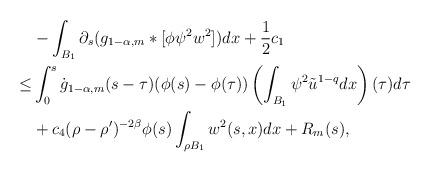
LaTeX: \begin{align*}& -\int_{B_{1}}\partial_{s}(g_{1-\alpha,m}*[\phi\psi^{2}w^{2}])dx +\frac{1}{2}c_{1} \\\leq & \int_{0}^{s}\dot{g}_{1-\alpha,m}(s-\tau)(\phi(s)-\phi(\tau))\left( \int_{B_{1}}\psi^{2}\tilde{u}^{1-q}dx \right)(\tau)d\tau \\& + c_{4}(\rho-\rho')^{-2\beta}\phi(s)\int_{\rho B_{1}}w^{2}(s,x)dx + R_{m}(s),\end{align*}